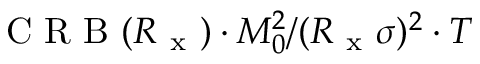
\mathrm { ~ C ~ R ~ B ~ } ( R _ { \mathrm { ~ x ~ } } ) \cdot M _ { 0 } ^ { 2 } / ( R _ { \mathrm { ~ x ~ } } \sigma ) ^ { 2 } \cdot T